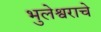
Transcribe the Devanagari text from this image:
भुलेश्वराचे